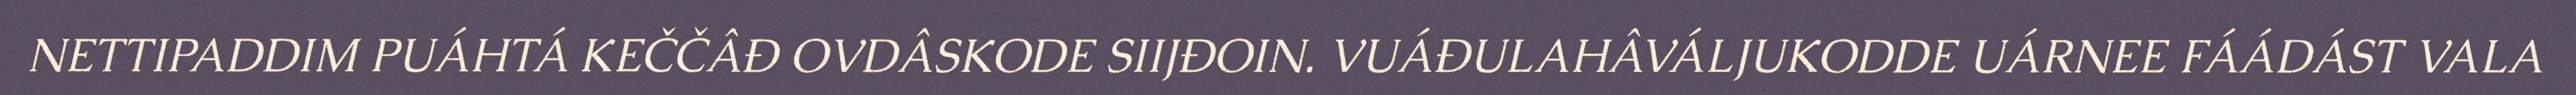
NETTIPADDIM PUÁHTÁ KEČČÂĐ OVDÂSKODE SIIJĐOIN​. VUÁĐULAHÂVÁLJUKODDE UÁRNEE FÁÁDÁST VALA